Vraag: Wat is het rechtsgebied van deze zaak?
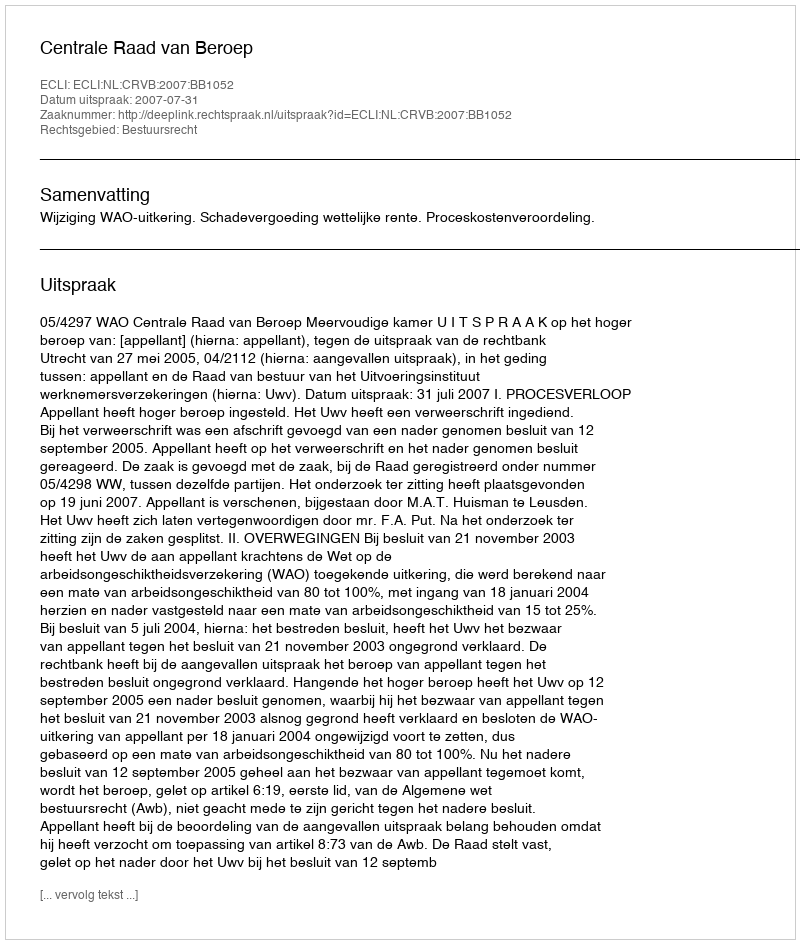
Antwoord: Bestuursrecht